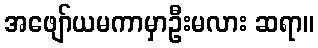
အဖျော်ယမကာမှာဦးမလား ဆရာ။